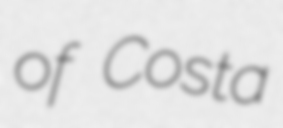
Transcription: of Costa